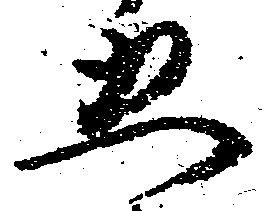
五